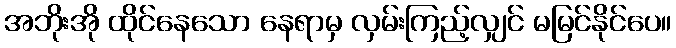
အဘိုးအို ထိုင်နေသော နေရာမှ လှမ်းကြည့်လျှင် မမြင်နိုင်ပေ။